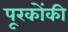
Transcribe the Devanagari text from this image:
पूरकोंकी